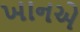
ખાનએ